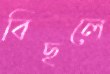
বিছলে